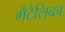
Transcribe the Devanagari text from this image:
मैटेलिका